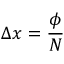
\Delta x = { \frac { \phi } { N } }